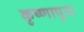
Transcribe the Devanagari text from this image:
कृष्णापुरा